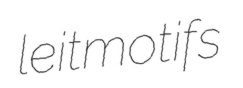
leitmotifs